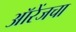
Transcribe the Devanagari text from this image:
ऑरेंजचा